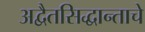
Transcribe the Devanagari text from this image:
अद्वैतसिद्धान्ताचे